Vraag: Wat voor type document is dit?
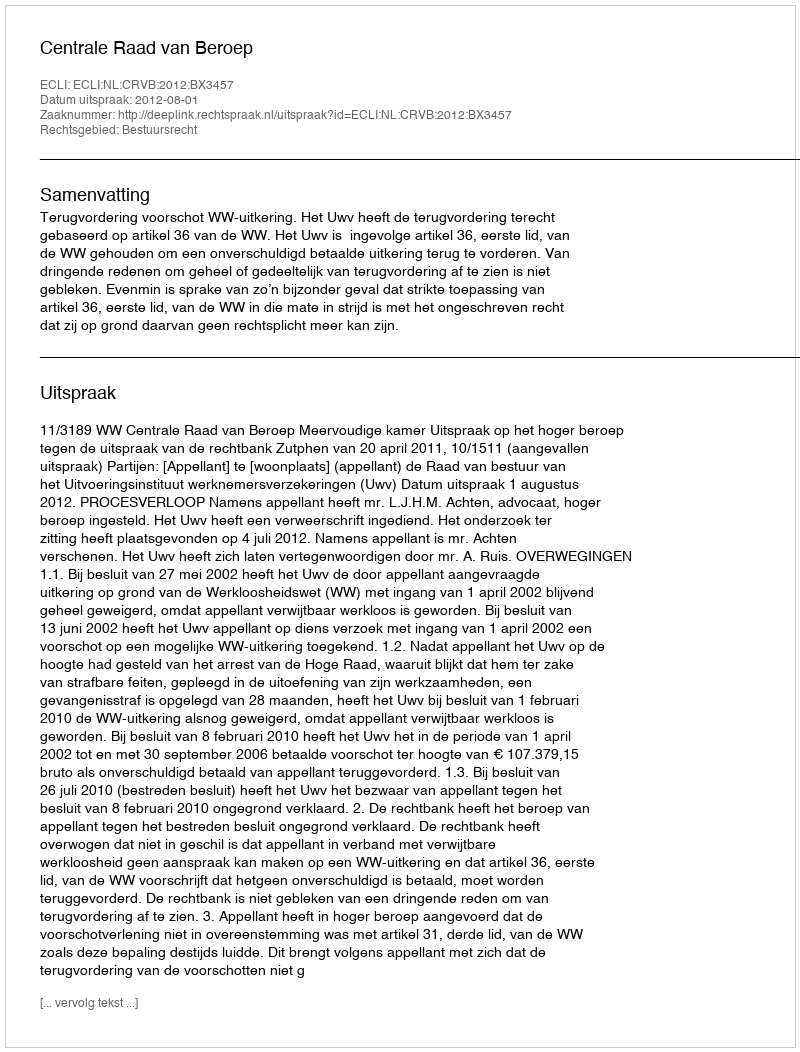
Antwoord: Uitspraak